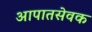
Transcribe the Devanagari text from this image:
आपातसेवक